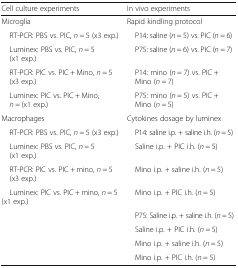
<table><thead><tr><td><b>Cell culture experiments</b></td><td><b>In vivo experiments</b></td></tr></thead><tbody><tr><td>Microglia</td><td>Rapid kindling protocol</td></tr><tr><td> RT-PCR: PBS vs. PIC, <i>n</i> = 5 (x3 exp.)</td><td> P14: saline (<i>n</i> = 5) vs. PIC (<i>n</i> = 6)</td></tr><tr><td> Luminex: PBS vs. PIC, <i>n</i> = 5 (x1 exp.)</td><td> P75: saline (<i>n</i> = 6) vs. PIC (<i>n</i> = 7)</td></tr><tr><td> RT-PCR: PIC vs. PIC + Mino, <i>n</i> = 5 (x3 exp.)</td><td> P14: mino (<i>n</i> = 7) vs. PIC + Mino (<i>n</i> = 7)</td></tr><tr><td> Luminex: PIC vs. PIC + Mino, <i>n</i> = (x1 exp.)</td><td> P75: mino (<i>n</i> = 5) vs. PIC + Mino (<i>n</i> = 5)</td></tr><tr><td>Macrophages</td><td>Cytokines dosage by luminex</td></tr><tr><td> RT-PCR: PBS vs. PIC, <i>n</i> = 5 (x3 exp.)</td><td> P14: saline i.p. + saline i.h. (<i>n</i> = 5)</td></tr><tr><td> Luminex: PBS vs. PIC, <i>n</i> = 5 (x1 exp.)</td><td> Saline i.p. + PIC i.h. (<i>n</i> = 5)</td></tr><tr><td> RT-PCR: PIC vs. PIC + mino, <i>n</i> = 5 (x3 exp.)</td><td> Mino i.p. + saline i.h. (<i>n</i> = 5)</td></tr><tr><td> Luminex: PIC vs. PIC + mino, <i>n</i> = 5 (x1 exp.)</td><td> Mino i.p. + PIC i.h. (<i>n</i> = 5)</td></tr><tr><td rowspan="4"></td><td> P75: Saline i.p. + saline i.h. (<i>n</i> = 5)</td></tr><tr><td> Saline i.p. + PIC i.h. (<i>n</i> = 5)</td></tr><tr><td> Mino i.p. + saline i.h. (<i>n</i> = 5)</td></tr><tr><td> Mino i.p. + PIC i.h. (<i>n</i> = 5)</td></tr></tbody></table>